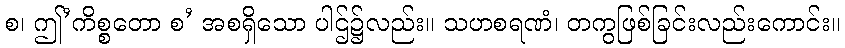
စ၊ ဤ’ကိစ္စတော စ’ အစရှိသော ပါဌ်၌လည်း။ သဟစရဏံ၊ တကွဖြစ်ခြင်းလည်းကောင်း။